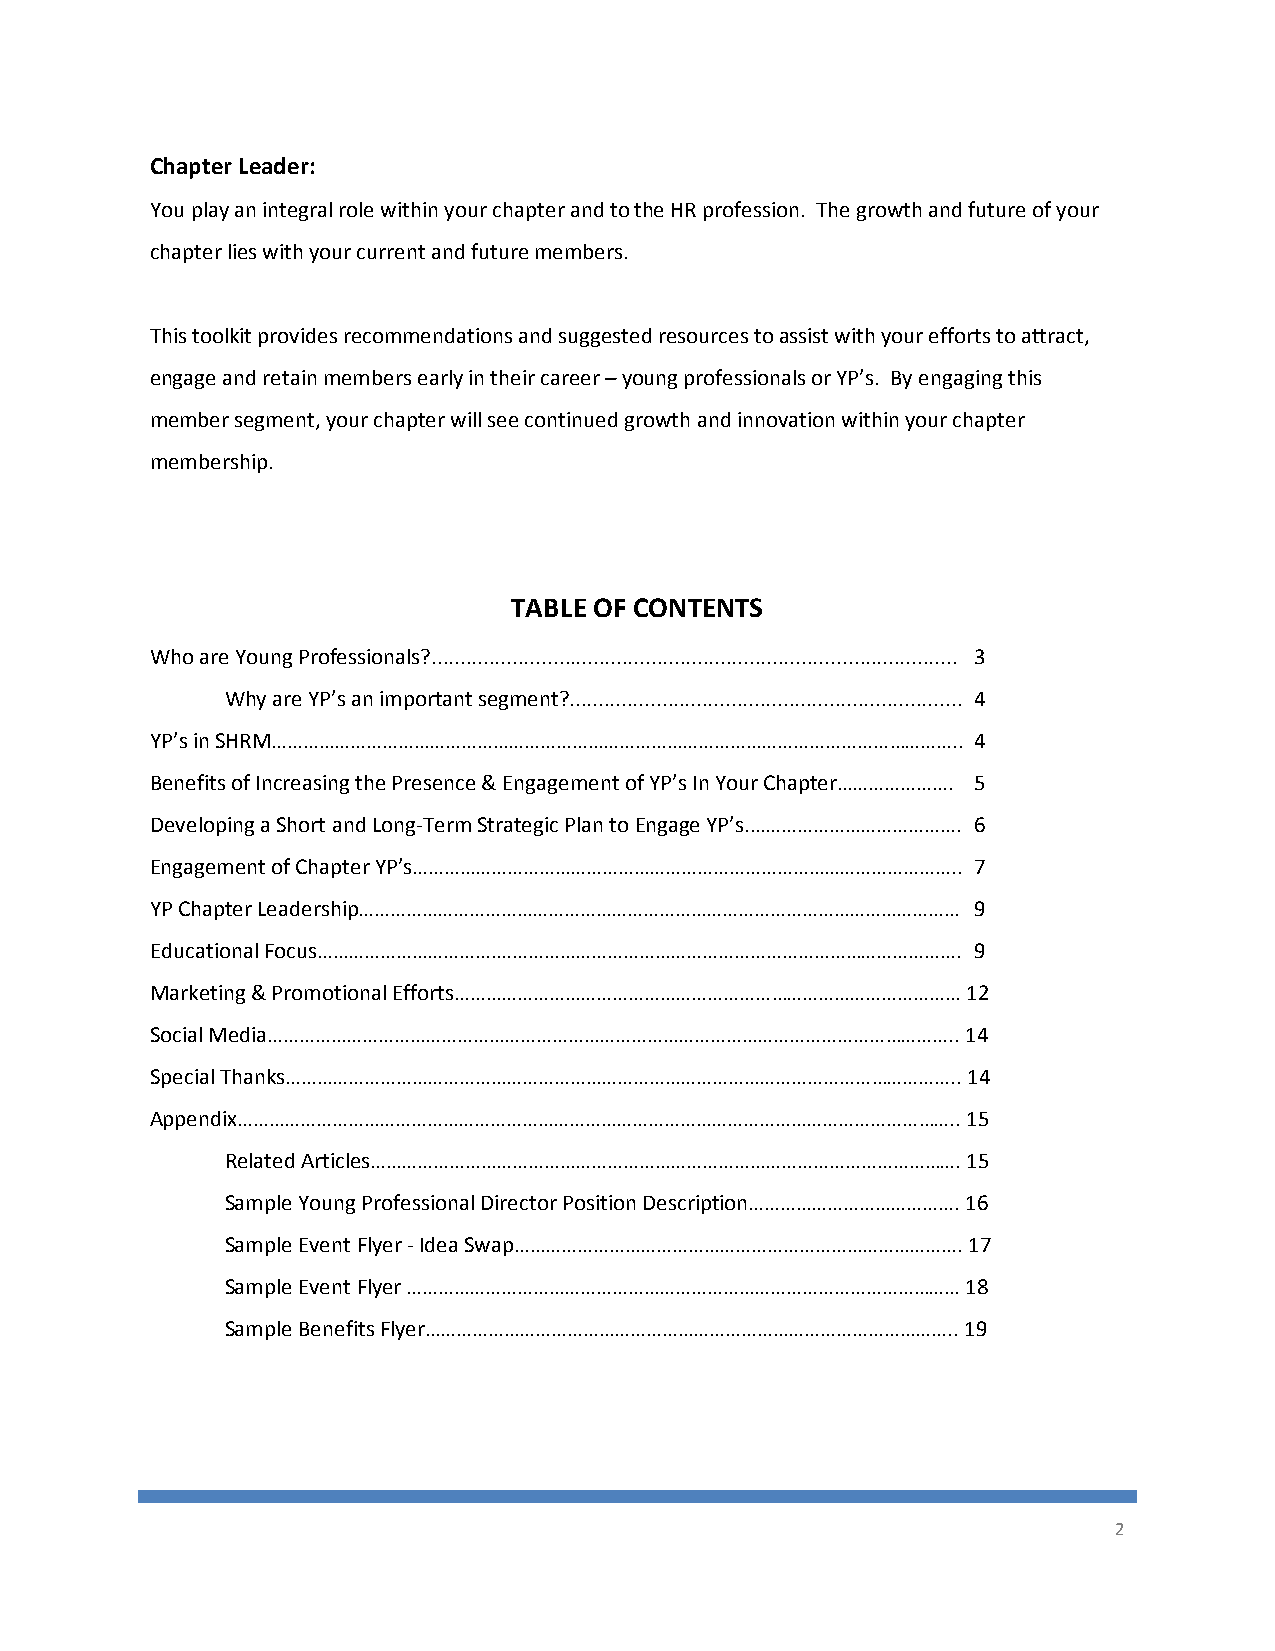
Chapter Leader:
 You play an integral role within your chapter and to the HR profession. The growth and future of your
 chapter lies with your current and future members.
 This toolkit provides recommendations and suggested resources to assist with your efforts to attract,
 engage and retain members early in their career – young professionals or YP’s. By engaging this
 member segment, your chapter will see continued growth and innovation within your chapter
 membership.
 TABLE OF CONTENTS
 Who are Young Professionals?........................................................................................... 3
 Why are YP’s an important segment?.................................................................... 4
 YP’s in SHRM………………………………………………………………………………………………………………….. 4
 Benefits of Increasing the Presence & Engagement of YP’s In Your Chapter…………………. 5
 Developing a Short and Long-Term Strategic Plan to Engage YP’s.…………………………………. 6
 Engagement of Chapter YP’s………………………………………………………………………………………….. 7
 YP Chapter Leadership…………………………………………………………………………………………………… 9
 Educational Focus…………………………….……………………………………………………………………………. 9
 Marketing & Promotional Efforts…………………………………………………………………………………… 12
 Social Media………………………………………………………………………………………………………………….. 14
 Special Thanks……………………………………………………………………………………………………………….. 14
 Appendix……………………………………………………………………………………………………………………….. 15
 Related Articles…………………………………………………………………………………………………. 15
 Sample Young Professional Director Position Description…………………………………. 16
 Sample Event Flyer - Idea Swap…………………………………………………………………………. 17
 Sample Event Flyer …………………………………………………………………………………………… 18
 Sample Benefits Flyer……………………………………………………………………………………….. 19
 2